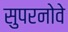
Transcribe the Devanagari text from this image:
सुपरनोवे